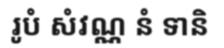
រូបំ សំវណ្ណ នំ ទានិ